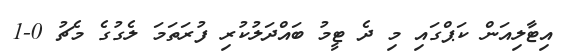
އިޓާލިއަން ކަޕްގައި މި ދެ ޓީމު ބައްދަލުކުރި ފުރަތަމަ ލެގުގެ މެޗު 0-1